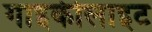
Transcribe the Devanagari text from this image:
गाइकीलाइट